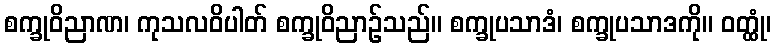
စက္ခုဝိညာဏ၊ ကုသလဝိပါတ် စက္ခုဝိညာဉ်သည်။ စက္ခုပသာဒံ၊ စက္ခုပသာဒကို။ ဝတ္ထုံ၊